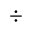
\div